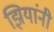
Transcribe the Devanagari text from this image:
झियांनी